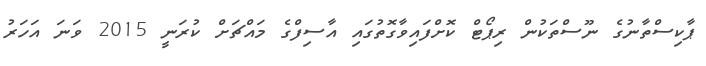
ޕާކިސްތާނުގެ ނޫސްތަކުން ރިޕޯޓް ކޮށްފައިވާގޮތުގައި އާސިފްގެ މައްޗަށް ކުރަނީ 2015 ވަނަ އަހަރު